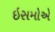
ઇસમોએ